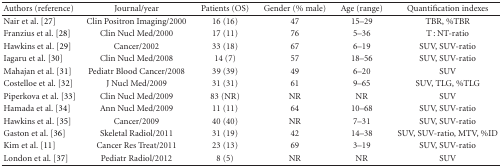
| Authors (reference) | Journal/year | Patients (OS) | Gender (% male) | Age (range) | Quantification indexes |
 | --- | --- | --- | --- | --- | --- |
 | Nair et al. [27] | Clin Positron Imaging/2000 | 16 (16) | 47 | 15–29 | TBR, %TBR |
 | Franzius et al. [28] | Clin Nucl Med/2000 | 17 (11) | 76 | 5–36 | T : NT-ratio |
 | Hawkins et al. [29] | Cancer/2002 | 33 (18) | 67 | 6–19 | SUV, SUV-ratio |
 | Iagaru et al. [30] | Clin Nucl Med/2008 | 14 (7) | 57 | 18–56 | SUV, SUV-ratio |
 | Mahajan et al. [31] | Pediatr Blood Cancer/2008 | 39 (39) | 49 | 6–20 | SUV |
 | Costelloe et al. [32] | J Nucl Med/2009 | 31 (31) | 61 | 9–65 | SUV, TLG, %TLG |
 | Piperkova et al. [33] | Clin Nucl Med/2009 | 83 (NR) | NR | NR | SUV |
 | Hamada et al. [34] | Ann Nucl Med/2009 | 11 (11) | 64 | 10–68 | SUV, SUV-ratio |
 | Hawkins et al. [35] | Cancer/2009 | 40 (40) | NR | 7–31 | SUV, SUV-ratio |
 | Gaston et al. [36] | Skeletal Radiol/2011 | 31 (19) | 42 | 14–38 | SUV, SUV-ratio, MTV, %ID |
 | Kim et al. [11] | Cancer Res Treat/2011 | 23 (13) | 69 | 3–19 | SUV, SUV-ratio |
 | London et al. [37] | Pediatr Radiol/2012 | 8 (5) | NR | NR | SUV |